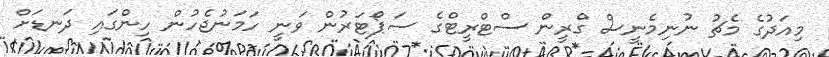
މިއަދުގެ މެޗު ނުނިމެނީސް ގްރީން ސްޓްރީޓްގެ ސަޕޯޓަރުން ވަނީ ހަމަނުޖެހުން ހިންގައި ދަނޑަށް